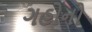
ગહોનો